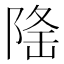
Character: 𨺚